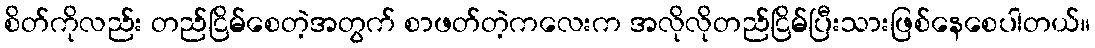
စိတ်ကိုလည်း တည်ငြိမ်စေတဲ့အတွက် စာဖတ်တဲ့ကလေးက အလိုလိုတည်ငြိမ်ပြီးသားဖြစ်နေစေပါတယ်။